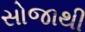
સોજાથી